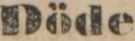
Döde.